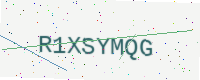
Text: R1XSYMQG